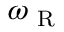
\omega _ { \textup { R } }